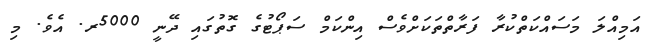
އަމިއްލަ މަސައްކަތްކުރާ ފަރާތްތަކަށްވެސް އިންކަމް ސަޕޯޓުގެ ގޮތުގައި ދޭނީ 5000ރ. އެވެ. މި